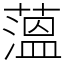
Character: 薀